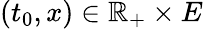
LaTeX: (t_{0},x)\in\mathbb{R}_{+}\times E